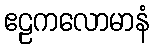
ဧဠကလောမာနံ